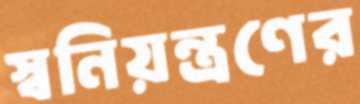
স্বনিয়ন্ত্রণের